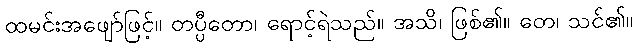
ထမင်းအဖျော်ဖြင့်။ တပ္ပီတော၊ ရောင့်ရဲသည်။ အသိ၊ ဖြစ်၏။ တေ၊ သင်၏။